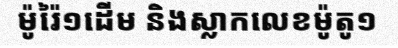
ម៉ូរ៉ៃ១ដើម និងស្លាកលេខម៉ូតូ១